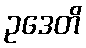
ဥဒေတိ